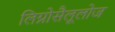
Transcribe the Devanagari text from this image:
लिग्नोसैलूलोज